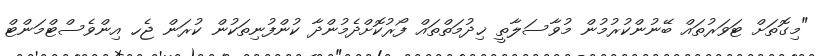
"މިގޮތަށް ޓަވަރުތައް ބޭނުންކުރުމުން މުވާސަލާތީ ޚިދުމަތްތައް ފޯރުކޮށްދެމުންދާ ކުންފުނިތަކުން ކުރަން ޖެހ އިންވެސްޓްމަންޓް